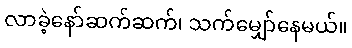
လာခဲ့နော်ဆက်ဆက်၊ သက်မျှော်နေမယ်။